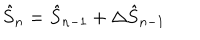
\hat { S } _ { n } = \hat { S } _ { n - 1 } + \Delta \hat { S } _ { n - 1 }